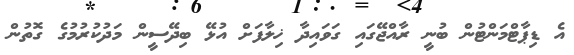
އެ ޑިޕާޓްމަންޓުން ބުނީ ރާއްޖޭގައި ގަވައިދާ ޚިލާފަށް އުޅޭ ބިދޭސީން މަދުކުރުމުގެ ގޮތުން